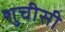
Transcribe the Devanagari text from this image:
शुचीसी